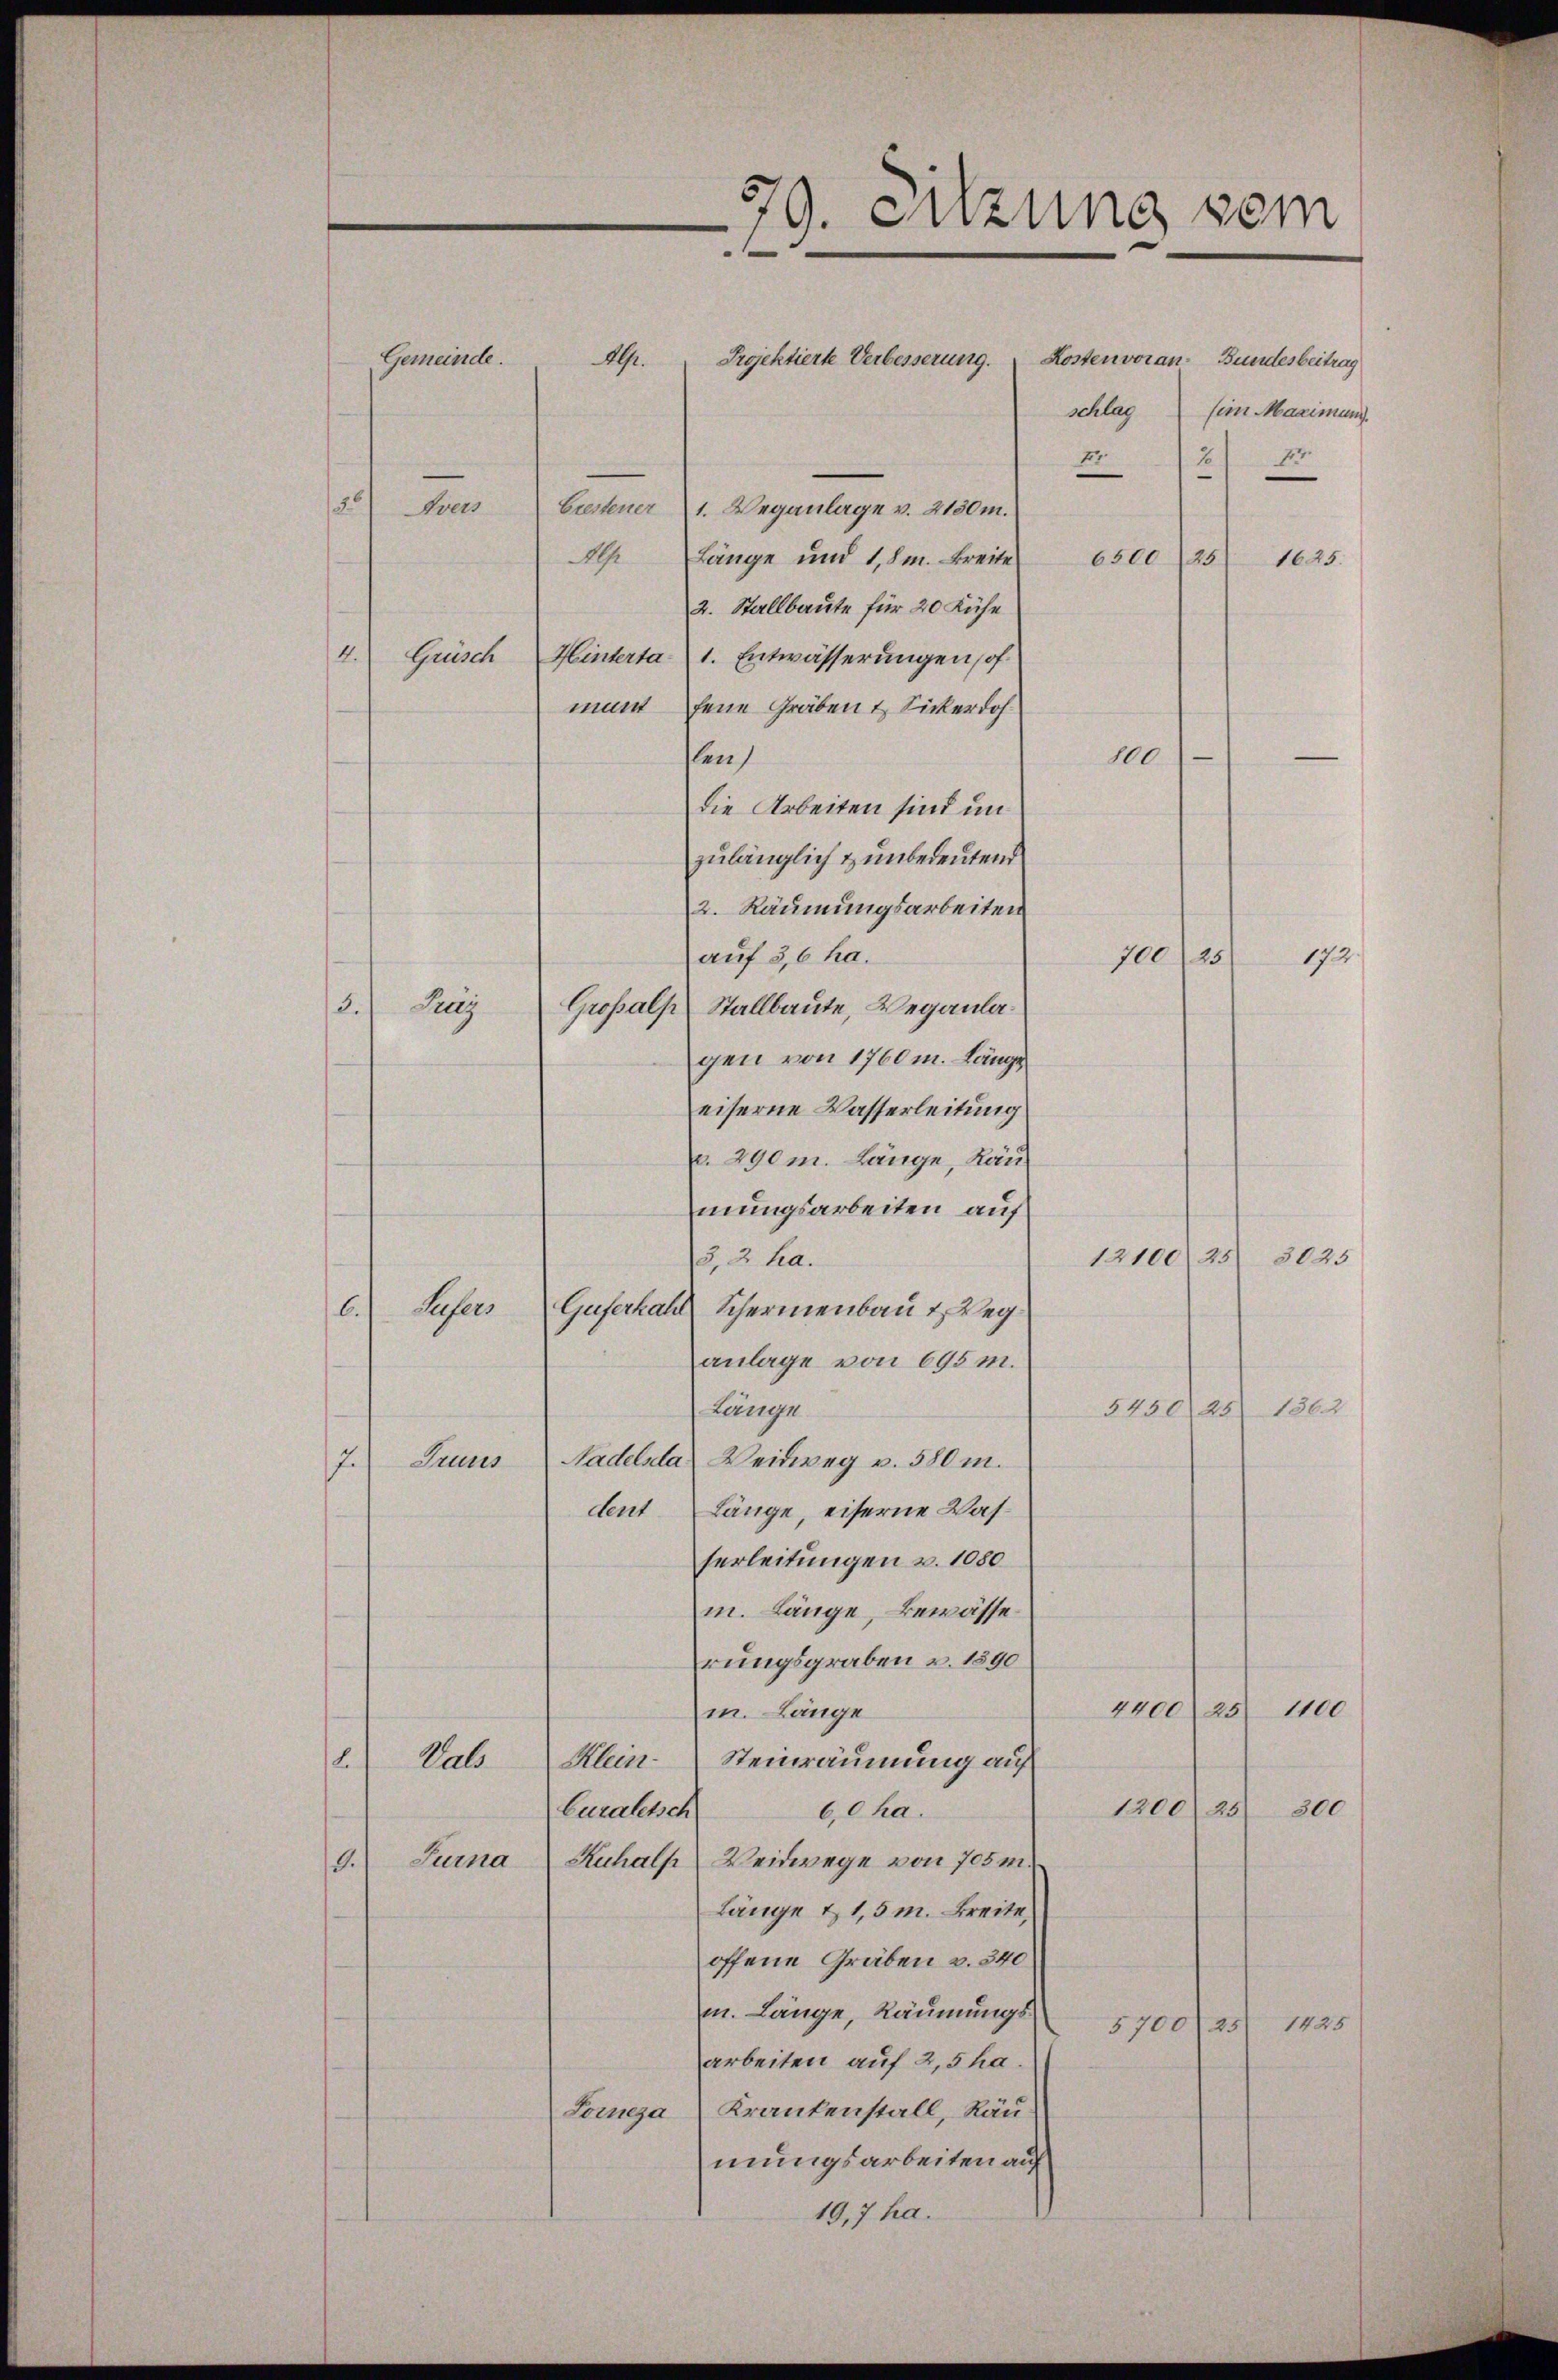
79. Sitzung sein
Gemeinde.
Kosten voran- Bundesbeitrag
AG.
Projektierte Verbesserung.
schlag
(im Maximung.
.
fr
2
2
Avers
Grestener 1. Weganlage v. 2130m.

Alp Länge und 1,8m. Breite
6500 (25
1625.
2. Stallbaute für 20 Kühe
4.
Grüsch
Hinterta¬
1. Entwässerungen hofmant jene Gräben & Sickerdohlen
die Arbeiten sind un
zulänglich & unbedeutend
gen von 1760 m. Länge
eiserne Wasserleitung
r. 290 m. Länge, Ränmungsarbeiten auf
1210025 3025
3, 2 ha.
6.Sufers
Guferhall Schermenbau & Weg
anlage von 695 m.
545025 1362
Lunge
Truus Nadelsa) Weidweg v. 580 m.
.
dent Länge, eiserne Wasserleitungen v. 1080
mn. Länge, Bewässerungsgraben v. 1890
4400 25. 1100
mn. Länge
h
Vals Klein Steinräumung auf
200
1200 25
Curaletsch
60 ha.
Turna Ruhalp Weidwege von 705 m.
.
Länge & 1,5 m. Breite
offene Gräben v. 340
m. Länge, Räumungs
5700/25 1425
arbeiten auf 2,5 ha
Soresa Krankenstall, Räu
mungsarbeiten auf
19,7 ha.

.

Jetz

2. Räumungsarbeiten
auf 3,6 ha.

Grossalp Stallbaute, Weganla¬

100

—

172
700. 125